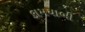
કામયાબી